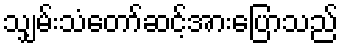
သျှမ်းသံတော်ဆင့်အားပြောသည်